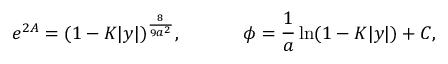
e ^ { 2 A } = ( 1 - K | y | ) ^ { \frac { 8 } { 9 a ^ { 2 } } } , \ \ \ \ \ \ \ \ \ \ \phi = { \frac { 1 } { a } } \ln ( 1 - K | y | ) + C ,